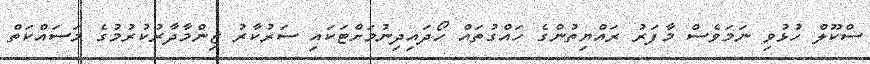
ސްކޫލް ހުޅުވި ނަމަވެސް މާފަރު ރައްޔިތުންގެ ހައްގުތައް ހޯދައިދިނުމަށްޓަކައި ސަރުކާރު ޒިންމާދާރުކުރުމުގެ މަސައްކަތް